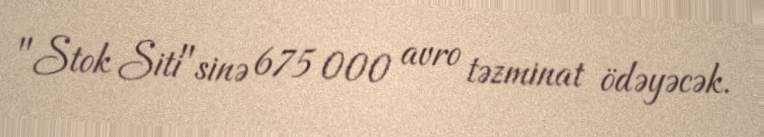
"Stok Siti"sinə 675 000 avro təzminat ödəyəcək.